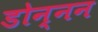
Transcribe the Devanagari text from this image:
डोन्नन